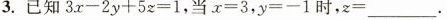
3.已知$$3 x - 2 y + 5 z = 1$$,当$$x = 3 $$,$$y = - 1$$时,$$z =$$___.